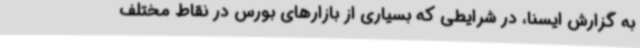
به گزارش ایسنا، در شرایطی که بسیاری از بازارهای بورس در نقاط مختلف